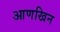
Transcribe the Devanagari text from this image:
आणखिन